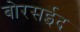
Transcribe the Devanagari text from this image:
बोरसईद